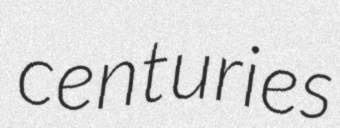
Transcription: centuries